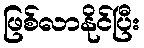
ဖြစ်လာနိုင်ပြီး